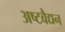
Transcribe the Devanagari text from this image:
अष्टवैद्यन